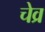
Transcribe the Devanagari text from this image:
चेव्र